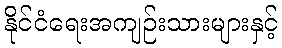
နိုင်ငံရေးအကျဉ်းသားများနှင့်